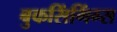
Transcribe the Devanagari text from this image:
बुकसिंगिंग्स